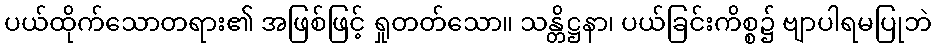
ပယ်ထိုက်သောတရား၏ အဖြစ်ဖြင့် ရှုတတ်သော။ သန္တိဋ္ဌနာ၊ ပယ်ခြင်းကိစ္စ၌ ဗျာပါရမပြုဘဲ